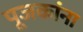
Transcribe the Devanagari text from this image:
पूजकांना